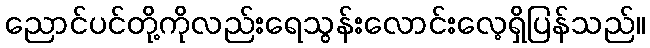
ညောင်ပင်တို့ကိုလည်းရေသွန်းလောင်းလေ့ရှိပြန်သည်။